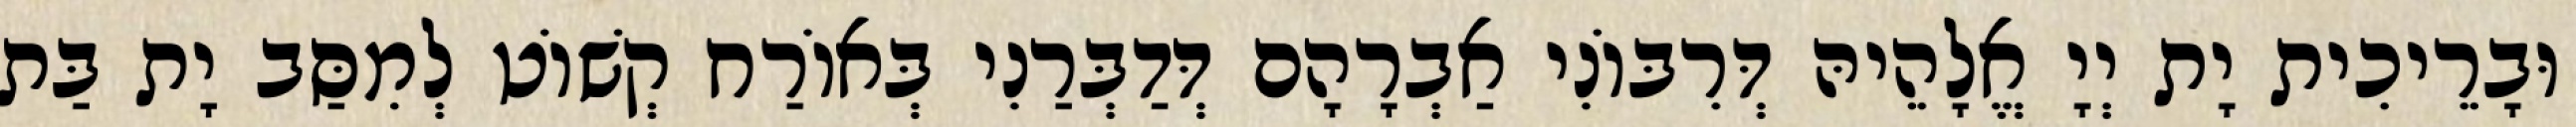
וּבָרֵיכִית יָת יְיָ אֱלָהֵיהּ דְּרִבּוֹנִי אַבְרָהָם דְּדַבְּרַנִי בְּאוֹרַח קְשׁוֹט לְמִסַּב יָת בַּת